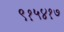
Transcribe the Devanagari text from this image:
९१५४१७